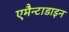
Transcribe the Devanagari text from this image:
एमैन्टाडाइन